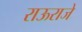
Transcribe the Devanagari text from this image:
राऊराजे